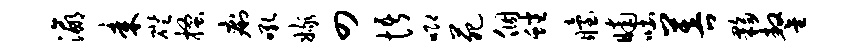
瀛耒磴搔痢吼嫁四悟唧苑个蟠眙晡吐菩夥鏊